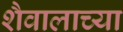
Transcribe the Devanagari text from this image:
शैवालाच्या